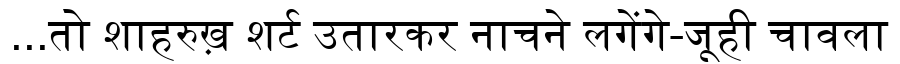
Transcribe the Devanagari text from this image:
...तो शाहरुख़ शर्ट उतारकर नाचने लगेंगे-जूही चावला